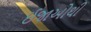
ઈજાઓથી